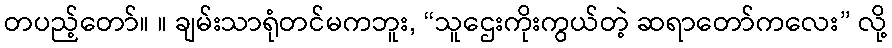
တပည့်တော်။ ။ ချမ်းသာရုံတင်မကဘူး, “သူဌေးကိုးကွယ်တဲ့ ဆရာတော်ကလေး” လို့